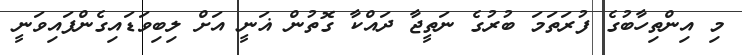
މި އިންތިހާބުގެ ފުރަތަމަ ބުރުގެ ނަތީޖާ ދައްކާ ގޮތުން ޣަނީ އަށް ލިބިވަޑައިގެންފައިވަނީ